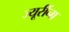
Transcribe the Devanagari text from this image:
ज्यूरींना